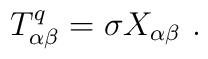
T^q_{\alpha \beta} = \sigma X_{\alpha \beta}\ .